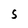
Character: S